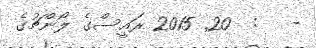
-   :  20